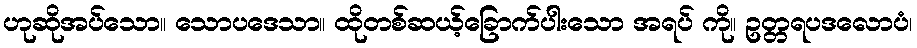
ဟုဆိုအပ်သော။ သောပဒေသာ။ ထိုတစ်ဆယ့်ခြောက်ပါးသော အရပ် ကို။ ဥတ္တရပဒလောပံ၊